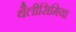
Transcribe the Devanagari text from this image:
थैलीसिमिया